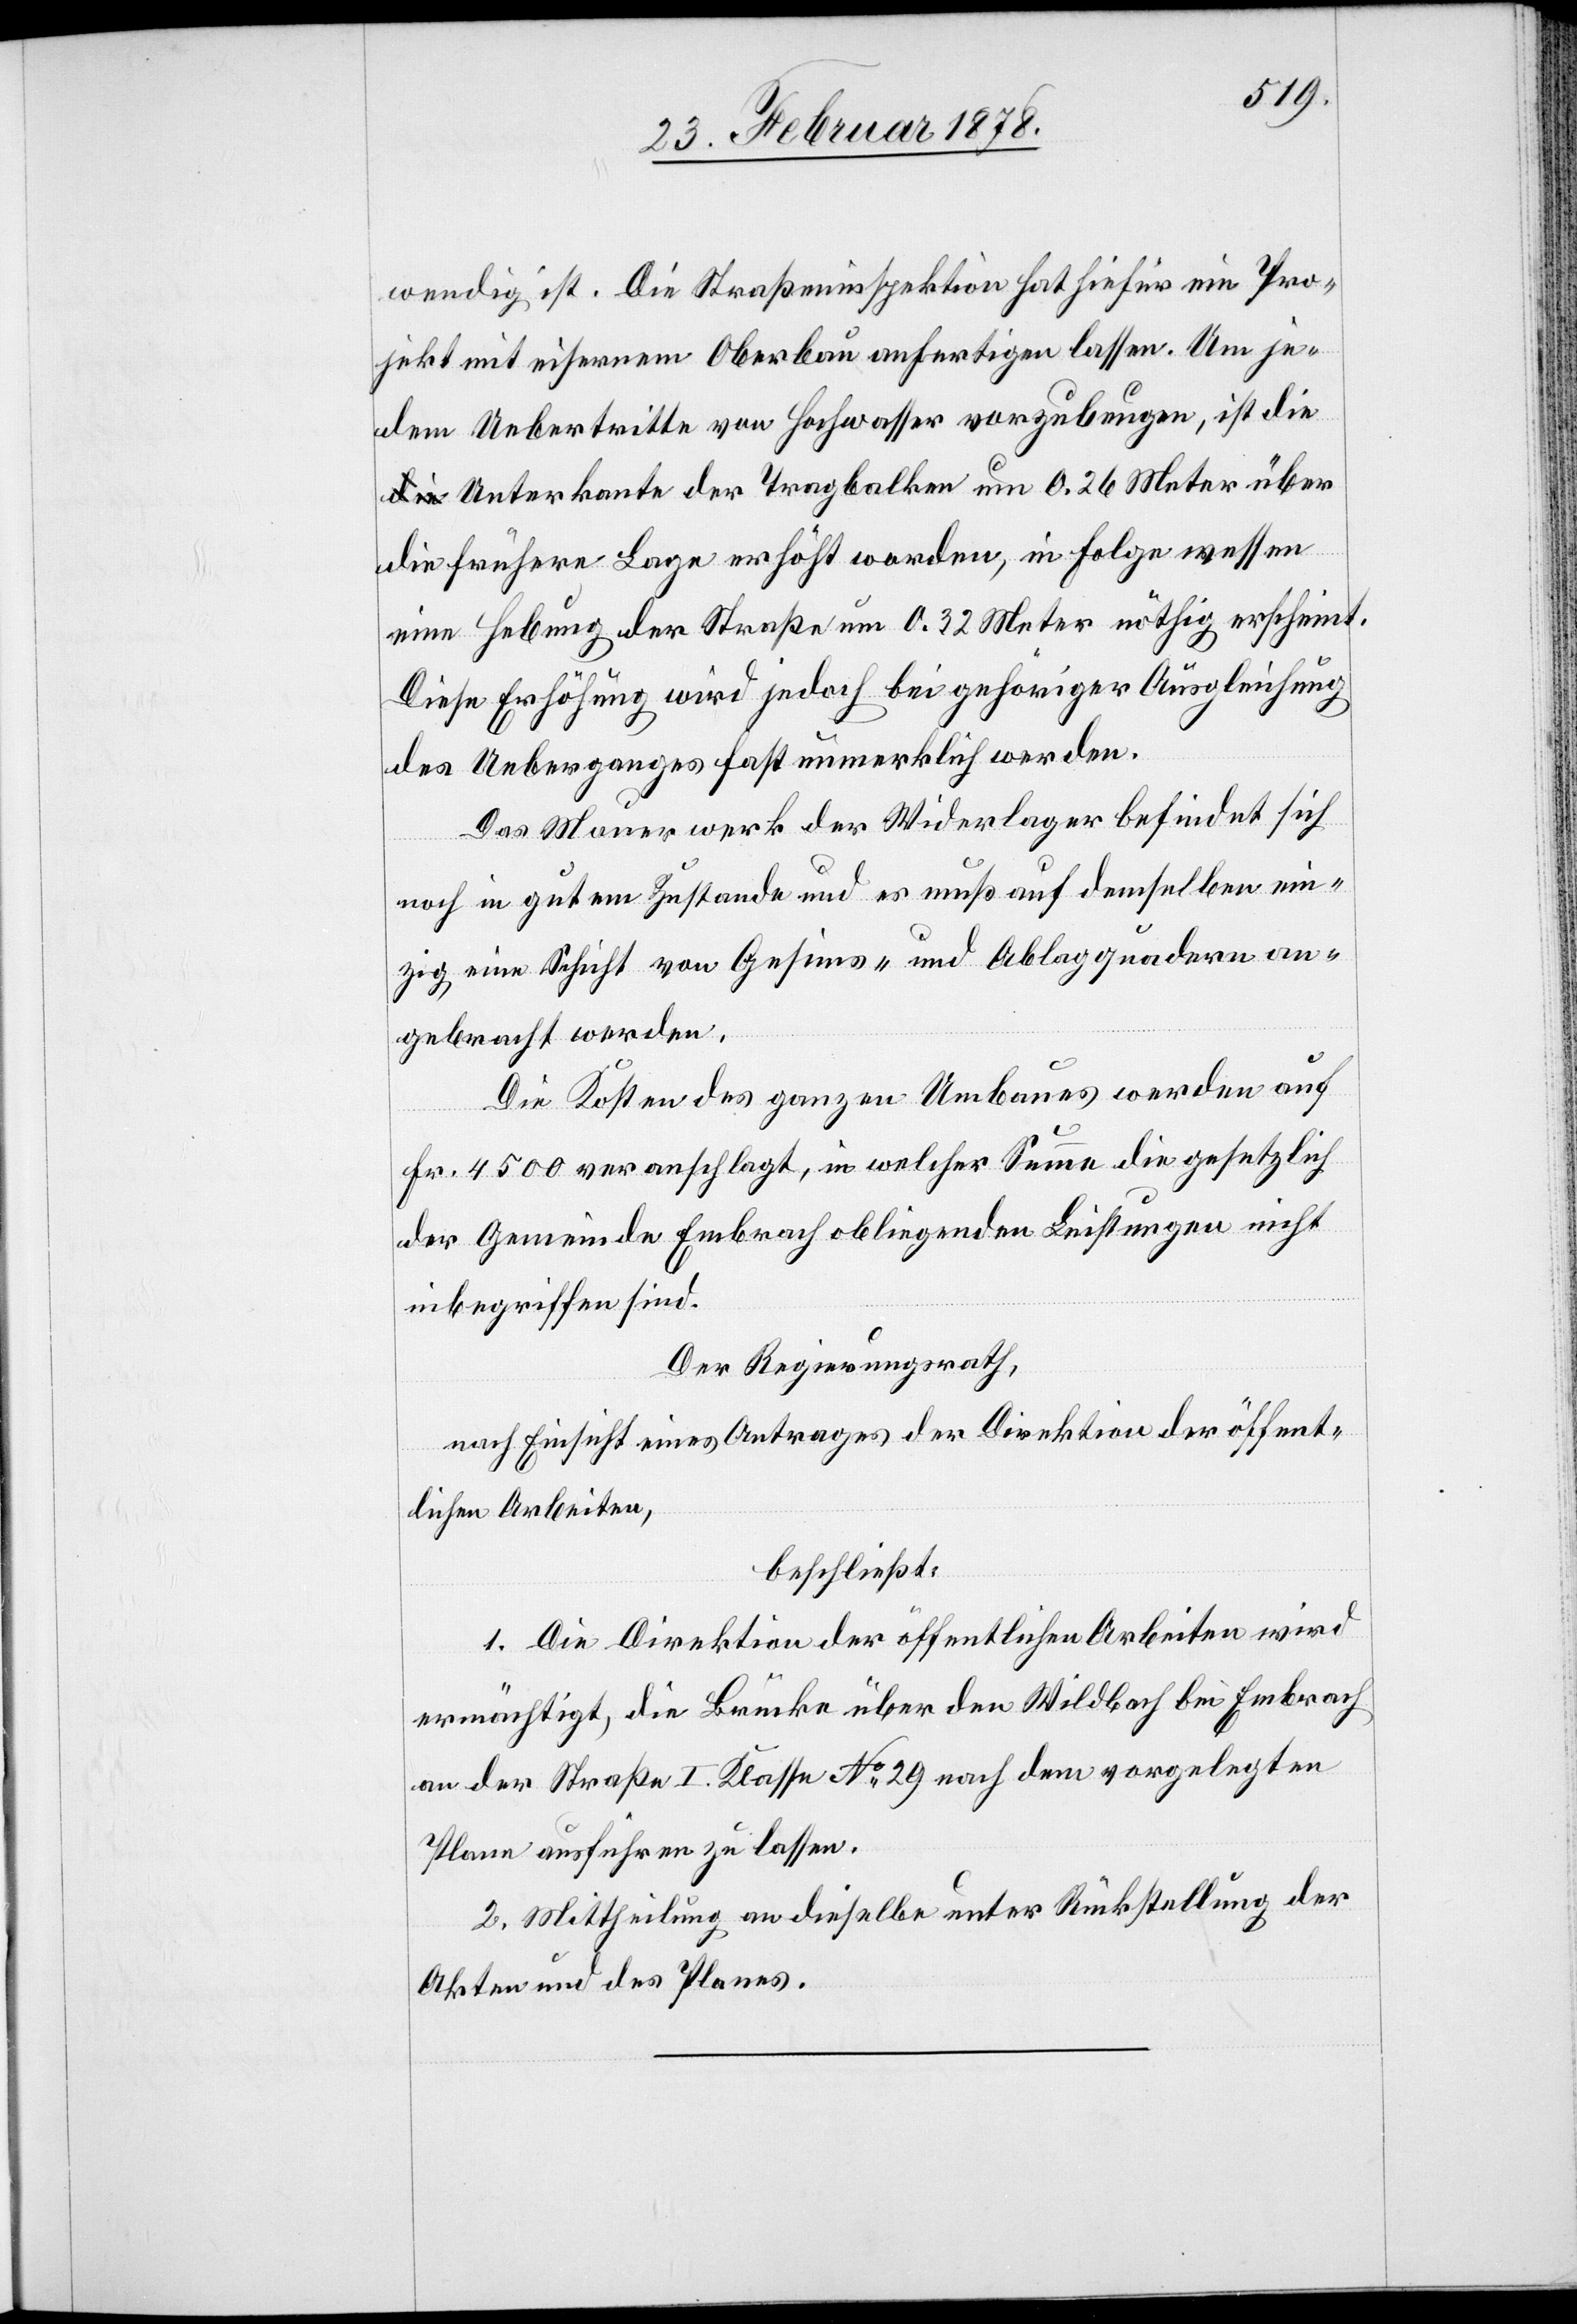
wendig ist. Die Straßeninspektion hat hiefür ein Pro¬
jekt mit eisernem Oberbau anfertigen lassen. Um je¬
dem Uebertritte von Hochwasser vorzubeugen, ist die
Unterkante der Tragbalken um 0.26 Meter über
die frühere Lage erhöht worden, in Folge wessen
eine Hebung der Straße um 0.32 Meter nöthig erscheint.
Diese Erhöhung wird jedoch bei gehöriger Ausgleichung
des Ueberganges fast unmerklich werden.
Das Mauerwerk der Widerlager befindet sich
noch in gutem Zustande und es muß auf demselben ein¬
zig eine Schicht von Gesims- und Ablagquadern an¬
gebracht werden.
Die Kosten des ganzen Umbaues werden auf
Fr. 4500 veranschlagt, in welcher Summe die gesetzlich
der Gemeinde Embrach obliegenden Leistungen nicht
inbegriffen sind.
Der Regierungsrath,
nach Einsicht eines Antrages der Direktion der öffent¬
lichen Arbeiten,
beschließt:
1. Die Direktion der öffentlichen Arbeiten wird
ermächtigt, die Brücke über den Wildbach bei Embrach
an der Straße I. Klasse No 29 nach dem vorgelegten
Plane ausführen zu lassen.
2. Mittheilung an dieselbe unter Rückstellung der
Akten und des Planes.